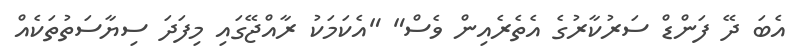
އެބަ ދޭ ފަންޑް ސަރުކާރުގެ އެތެރެއިން ވެސް" "އެކަމަކު ރާއްޖޭގައި މިފަދަ ސިޔާސަތުތަކެއް